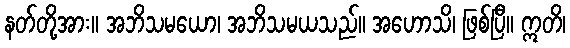
နတ်တို့အား။ အဘိသမယော၊ အဘိသမယသည်။ အဟောသိ၊ ဖြစ်ပြီ။ ဣတိ၊